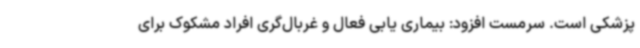
پزشکی است. سرمست افزود: بیماری یابی فعال و غربال‌گری افراد مشکوک برای